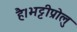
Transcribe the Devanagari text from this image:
है।भट्टीप्रोलु